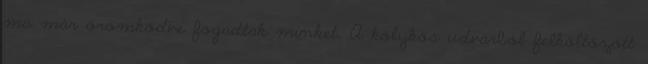
ma már örömködve fogadtak minket. A kölykös udvarból felköltözött